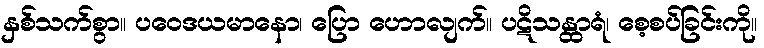
နှစ်သက်စွာ။ ပဝေဒယမာနော၊ ပြော ဟောလျက်။ ပဋိသန္ထာရံ၊ စေ့စပ်ခြင်းကို။